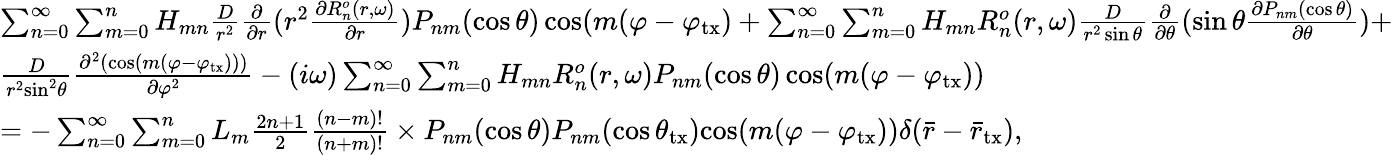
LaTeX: \begin{array}{l}{\sum_{n=0}^{\infty}\sum_{m=0}^{n}H_{mn}\frac{D}{{{r^{2}}}}\frac{\partial}{{\partial r}}({r^{2}}\frac{{\partial R_{n}^{o}(r,\omega)}}{{\partial r}})P_{nm}(\cos\theta)\cos(m(\varphi-\varphi_{\mathrm{tx}})+\sum_{n=0}^{\infty}\sum_{m=0}^{n}H_{mn}R_{n}^{o}(r,\omega)\frac{D}{{{r^{2}}\sin\theta}}\frac{\partial}{{\partial\theta}}(\sin\theta\frac{{\partial P_{nm}(\cos\theta)}}{{\partial\theta}})+}\\ {\frac{D}{{{r^{2}}{{\sin}^{2}}\theta}}\frac{{{\partial^{2}}(\cos(m(\varphi-\varphi_{\mathrm{tx}})))}}{{\partial{\varphi^{2}}}}-({i\omega})\sum_{n=0}^{\infty}\sum_{m=0}^{n}H_{mn}R_{n}^{o}(r,\omega)P_{nm}(\cos\theta)\cos(m(\varphi-\varphi_{\mathrm{tx}}))}\\ {=-\sum_{n=0}^{\infty}\sum_{m=0}^{n}L_{m}\frac{{2n+1}}{2}\frac{{(n-m)!}}{{(n+m)!}}\times{P_{nm}(\cos\theta)P_{nm}(\cos{\theta_{\mathrm{tx}}})}{\cos(m(\varphi-\varphi_{\mathrm{tx}}))}\delta(\bar{r}-\bar{r}_{\mathrm{tx}}),}\end{array}